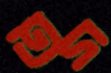
তদ